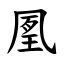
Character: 㓘